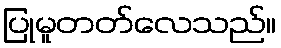
ပြုမူတတ်လေသည်။